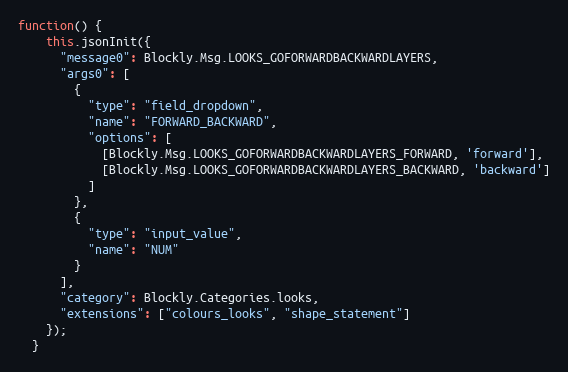
Language: JavaScript
function() {
    this.jsonInit({
      "message0": Blockly.Msg.LOOKS_GOFORWARDBACKWARDLAYERS,
      "args0": [
        {
          "type": "field_dropdown",
          "name": "FORWARD_BACKWARD",
          "options": [
            [Blockly.Msg.LOOKS_GOFORWARDBACKWARDLAYERS_FORWARD, 'forward'],
            [Blockly.Msg.LOOKS_GOFORWARDBACKWARDLAYERS_BACKWARD, 'backward']
          ]
        },
        {
          "type": "input_value",
          "name": "NUM"
        }
      ],
      "category": Blockly.Categories.looks,
      "extensions": ["colours_looks", "shape_statement"]
    });
  }